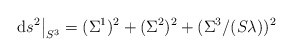
\begin{align*}{\rm d}s^2\big\vert_{S^3} = (\Sigma^1)^2+(\Sigma^2)^2+(\Sigma^3/(S\lambda))^2\end{align*}